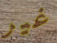
غير